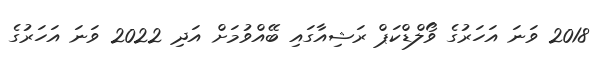
2018 ވަނަ އަހަރުގެ ވޯލްޑްކަޕް ރަޝިއާގައި ބޭއްވުމަށް އަދި 2022 ވަނަ އަހަރުގެ